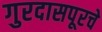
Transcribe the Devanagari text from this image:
गुरदासपूरचे